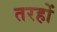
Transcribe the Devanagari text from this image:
तरहों